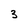
Character: 3